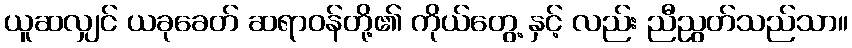
ယူဆလျှင် ယခုခေတ် ဆရာဝန်တို့၏ ကိုယ်တွေ့ နှင့် လည်း ညီညွတ်သည်သာ။